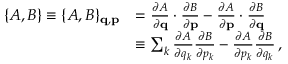
{ \begin{array} { r l } { \{ A , B \} \equiv \{ A , B \} _ { \mathbf { q } , \mathbf { p } } } & { = { \frac { \partial A } { \partial \mathbf { q } } } \cdot { \frac { \partial B } { \partial \mathbf { p } } } - { \frac { \partial A } { \partial \mathbf { p } } } \cdot { \frac { \partial B } { \partial \mathbf { q } } } } \\ & { \equiv \sum _ { k } { \frac { \partial A } { \partial q _ { k } } } { \frac { \partial B } { \partial p _ { k } } } - { \frac { \partial A } { \partial p _ { k } } } { \frac { \partial B } { \partial q _ { k } } } \, , } \end{array} }